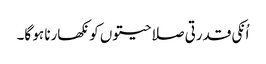
اُنکی قدرتی صلاحیتوں کو نکھارنا ہو گا۔